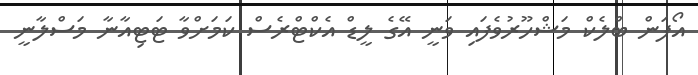
އޯފަން ބްލެކް މަޝްހޫރުވެފައި ވަނީ އޭގެ ލީޑް އެކްޓްރެސް ކަމަށްވާ ޓަޓިއާނާ މަސްލާނީ